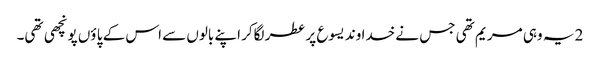
2 یہ وہی مر یم تھی جس نے خدا وند یسوع پر عطر لگاکر اپنے بالوں سے اس کے پا ؤں پونچھی تھی۔